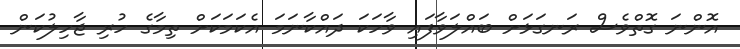
އޮންނަ ގޮތްވެސް ރަނގަޅަށް ބައްލަވާފައި ވާހަކަ ދައްކާނަމަ އެކަމަކަށް ތިމާގެ ހުރި ޖާހިލުކަން